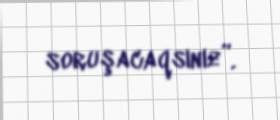
soruşacaqsınız”.